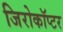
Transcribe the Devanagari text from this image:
जिरोकॉप्टर